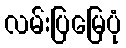
လမ်းပြမြေပုံ